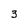
Character: 3